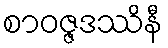
စာဝဇ္ဇဒဿိနီ